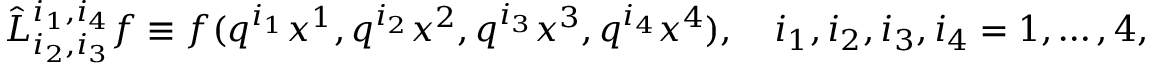
\hat { L } _ { i _ { 2 } , i _ { 3 } } ^ { i _ { 1 } , i _ { 4 } } f \equiv f ( q ^ { i _ { 1 } } x ^ { 1 } , q ^ { i _ { 2 } } x ^ { 2 } , q ^ { i _ { 3 } } x ^ { 3 } , q ^ { i _ { 4 } } x ^ { 4 } ) , \quad i _ { 1 } , i _ { 2 } , i _ { 3 } , i _ { 4 } = 1 , \dots , 4 ,